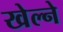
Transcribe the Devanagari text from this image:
खेल्ने